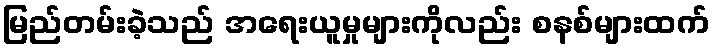
မြည်တမ်းခဲ့သည် အရေးယူမှုများကိုလည်း စနစ်များထက်